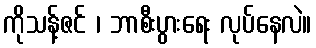
ကိုသန့်ဇင် ၊ ဘာစီးပွားရေး လုပ်နေလဲ။